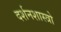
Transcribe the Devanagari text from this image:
दर्शनशास्त्रो